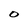
Character: O